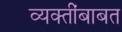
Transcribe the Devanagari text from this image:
व्यक्तींबाबत